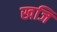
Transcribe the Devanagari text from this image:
खजि